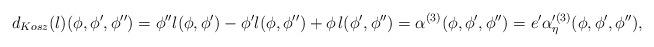
LaTeX: \begin{align*}d_{Kosz} (l)(\phi,\phi',\phi'')=\phi'' l(\phi,\phi') -\phi' l(\phi,\phi'')+ \phi \,l(\phi',\phi'') = \alpha^{(3)} (\phi,\phi',\phi'') =e'\alpha'^{(3)}_{\eta} (\phi,\phi',\phi''),\end{align*}